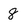
Character: 8